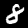
Label: 8